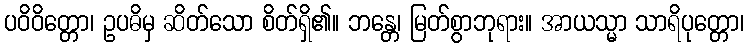
ပဝိဝိတ္တော၊ ဥပဓိမှ ဆိတ်သော စိတ်ရှိ၏။ ဘန္တေ၊ မြတ်စွာဘုရား။ အာယသ္မာ သာရိပုတ္တော၊